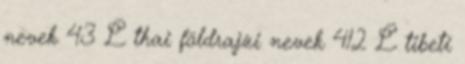
nevek‎ 43 L thai földrajzi nevek‎ 412 L tibeti